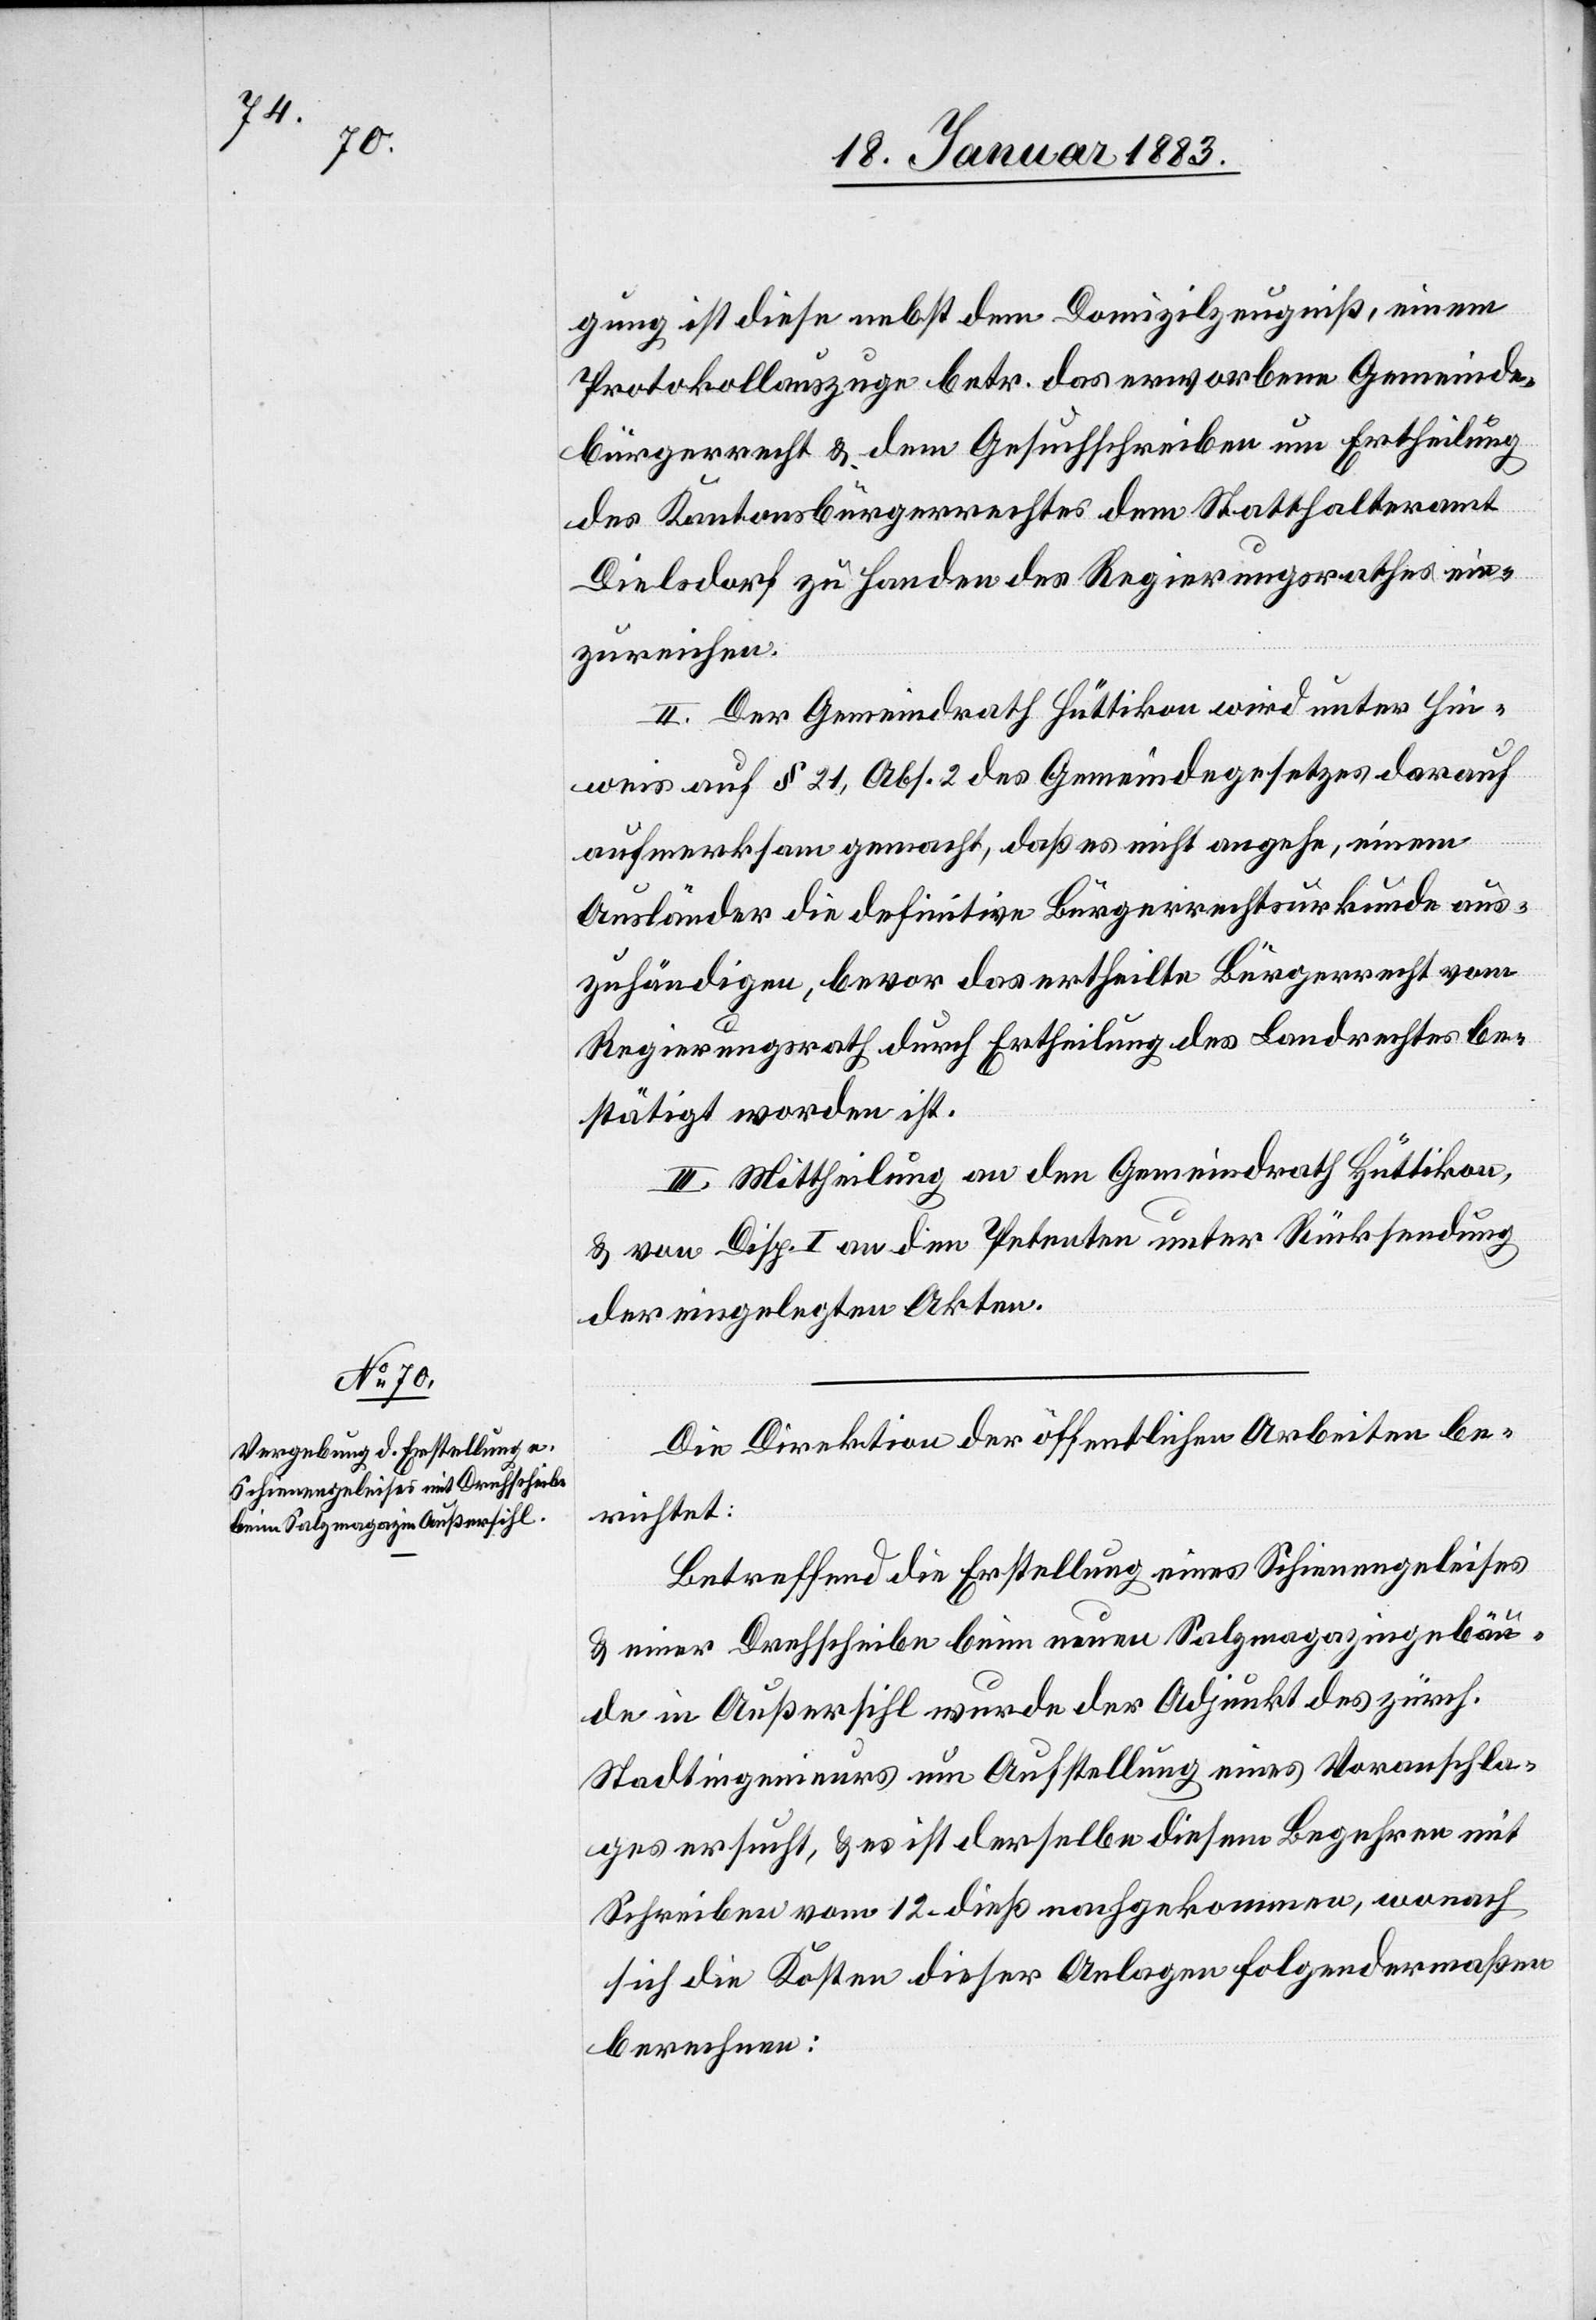
gung ist diese nebst dem Domizilzeugniß, einem
Protokollauszuge betr. das erworbene Gemeinde¬
bürgerrecht & dem Gesuchschreiben um Ertheilung
des Kantonsbürgerrechtes dem Statthalteramt
Dielsdorf zu Handen des Regierungsrathes ein¬
zureichen.
II. Der Gemeindrath Hüttikon wird unter Hin¬
weis auf § 21, Abs. 2 des Gemeindegesetzes darauf
aufmerksam gemacht, daß es nicht angehe, einem
Ausländer die definitive Bürgerrechtsurkunde aus¬
zuhändigen, bevor das ertheilte Bürgerrecht vom
Regierungsrath durch Ertheilung des Landrechtes be¬
stätigt worden ist.
III. Mittheilung an den Gemeindrath Hüttikon,
& von Disp. I an den Petenten unter Rücksendung
der eingelegten Akten.
Die Direktion der öffentlichen Arbeiten be¬
richtet:
Betreffend die Erstellung eines Schienengeleises
& einer Drehscheibe beim neuen Salzmagazingebäu¬
de in Außersihl wurde der Adjunkt des zürch.
Stadtingenieurs um Aufstellung eines Voranschla¬
ges ersucht, & es ist derselbe diesem Begehren mit
Schreiben vom 12. dieß nachgekommen, wonach
sich die Kosten dieser Anlagen folgendermaßen
berechnen: